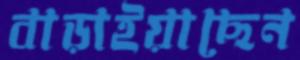
বাড়াইয়াছেন